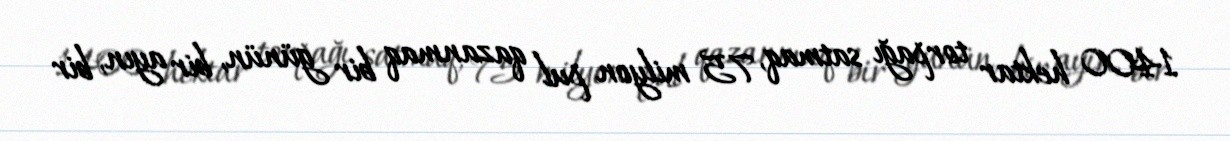
1400 hektar torpağı satmaq, 75 milyon pul qazanmaq bir günün, bir ayın, bir